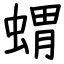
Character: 蝟